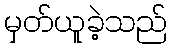
မှတ်ယူခဲ့သည်